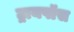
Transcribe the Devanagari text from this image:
ट्रायपॉस